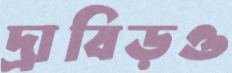
দ্রাবিড়ও